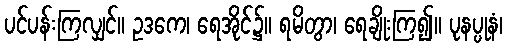
ပင်ပန်းကြလျှင်။ ဥဒကေ၊ ရေအိုင်၌။ ရမိတွာ၊ ရေချိုးကြ၍။ ပုနပ္ပုနံ၊